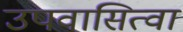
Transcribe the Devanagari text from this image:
उपवासित्वा